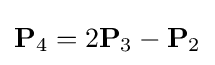
\mathbf {P} _{4}=2\mathbf {P} _{3}-\mathbf {P} _{2}